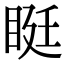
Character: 𥆑